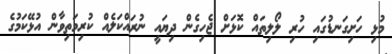
މުޅި ހަށިގަނޑުގައި ހުރި ލޯލިތައް ކޮޅަށް ޖެހިގެން ދިޔައީ ނުރައްކަލެއް ކުރިމަތިވާން އުޅޭކަމުގެ